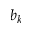
b _ { k }